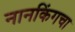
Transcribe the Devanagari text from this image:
नानकिंगचा